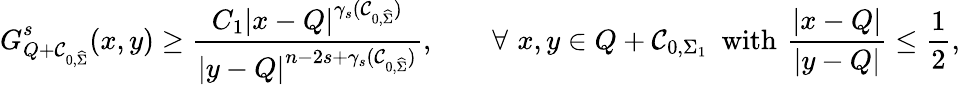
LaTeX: G_{Q+\mathcal C_{0,\widehat\Sigma}}^{s}(x,y)\geq\frac{C_{1}|x-Q|^{\gamma_{s}(\mathcal{C}_{0,\widehat\Sigma})}}{|y-Q|^{n-2s+\gamma_{s}(\mathcal{C}_{0,\widehat\Sigma})}},\qquad\forall\, \, x,y\in Q+\mathcal{C}_{0,\Sigma_{1}}\, \, \, \mathrm{with}\, \, \frac{|x-Q|}{|y-Q|}\leq\frac{1}{2},